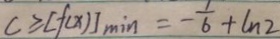
c \geq [ f ( x ) ] \min = - \frac { 1 } { 6 } + \ln 2